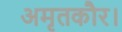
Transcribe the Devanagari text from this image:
अमृतकौर।